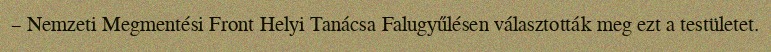
– Nemzeti Megmentési Front Helyi Tanácsa Falugyűlésen választották meg ezt a testületet.